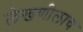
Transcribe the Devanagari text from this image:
लेखणीलाच